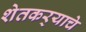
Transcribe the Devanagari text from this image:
शेतकर्‍याचे